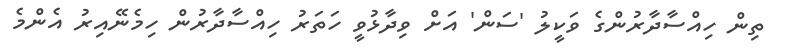
ތިން ހިއްސާދާރުންގެ ވަކީލު 'ސަން' އަށް ވިދާޅުވީ ހަތަރު ހިއްސާދާރުން ހިމެނޭއިރު އެންމެ